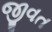
જીવત